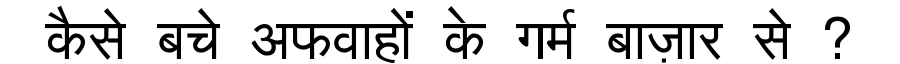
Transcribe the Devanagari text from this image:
कैसे बचे अफवाहों के गर्म बाज़ार से ?